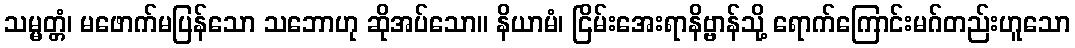
သမ္မတ္တံ၊ မဖောက်မပြန်သော သဘောဟု ဆိုအပ်သော။ နိယာမံ၊ ငြိမ်းအေးရာနိဗ္ဗာန်သို့ ရောက်ကြောင်းမဂ်တည်းဟူသော